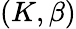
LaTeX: (K,\beta)